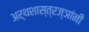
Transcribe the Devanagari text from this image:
अर्थशास्त्रज्ञांनी